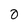
Character: 0